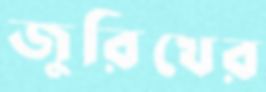
জুরিখের